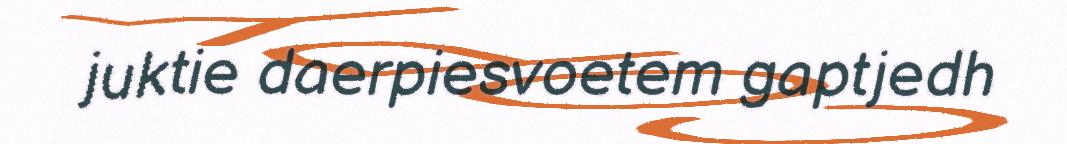
juktie daerpiesvoetem gaptjedh